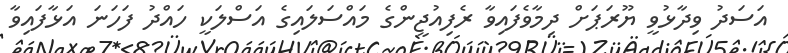
އަަސަދު ވިދާޅުވީ ޔޫރަޕަށް ދިމާވެފައިވާ ރެފިއުޖީންގެ މައްސަލައިގެ އަސްލަކީ ހައްދު ފަހަނަ އަޅާފައިވާ